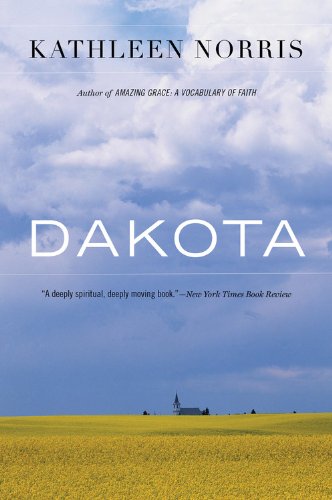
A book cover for Dakota: A Spiritual Geography; Kathleen Norris; Politics & Social Sciences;